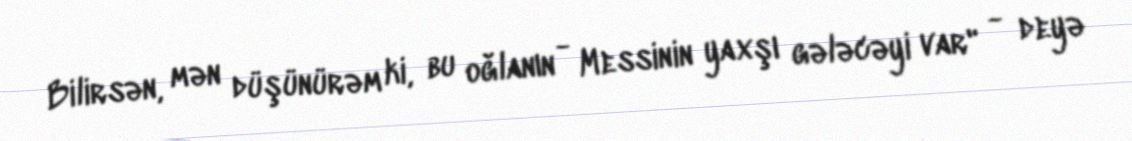
Bilirsən, mən düşünürəm ki, bu oğlanın - Messinin yaxşı gələcəyi var" - deyə